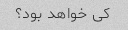
کی خواهد بود؟